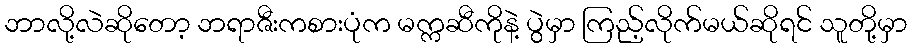
ဘာလို့လဲဆိုတော့ ဘရာဇီးကစားပုံက မက္ကဆီကိုနဲ့ ပွဲမှာ ကြည့်လိုက်မယ်ဆိုရင် သူတို့မှာ